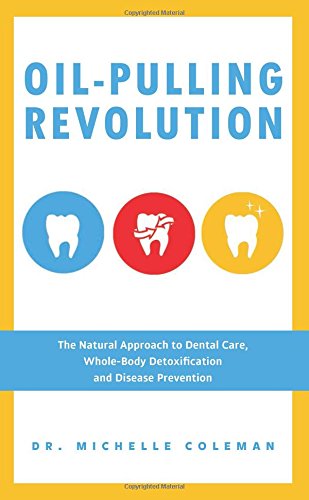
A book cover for Oil Pulling Revolution: The Natural Approach to Dental Care, Whole-Body Detoxification and Disease Prevention; Dr. Michelle Coleman; Medical Books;